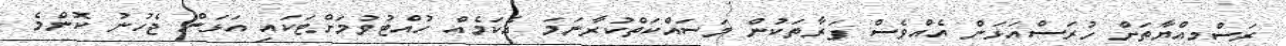
ރަސްމިއްޔާތަށް ހުރަސްއަޅަން އެއްވެސް ފަރާތަކުން މަސައްކަތްކުރާނަމަ އެކަމެއް ހުއްޓުވުމަށްޓަކައި އަޅަން ޖެހުނު ކޮންމެ